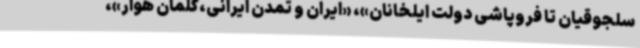
سلجوقیان تا فروپاشی دولت ایلخانان»، «ایران و تمدن ایرانی،کلمان هوار»،